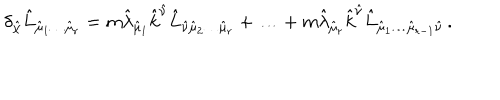
LaTeX: \delta _ { \hat { \chi } } \hat { L } _ { \hat { \mu } _ { 1 } \ldots \hat { \mu } _ { r } } = m \hat { \lambda } _ { \hat { \mu } _ { 1 } } \hat { k } ^ { \hat { \nu } } \hat { L } _ { \hat { \nu } \hat { \mu } _ { 2 } \ldots \hat { \mu } _ { r } } + \ldots + m \hat { \lambda } _ { \hat { \mu } _ { r } } \hat { k } ^ { \hat { \nu } } \hat { L } _ { \hat { \mu } _ { 1 } \ldots \hat { \mu } _ { r - 1 } \hat { \nu } } \, .